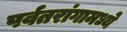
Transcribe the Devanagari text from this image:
पर्वतरांगामध्ये